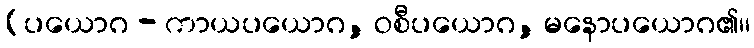
[ပယောဂ - ကာယပယောဂ, ဝစီပယောဂ, မနောပယောဂ၏၊၊